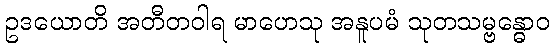
ဥဒယောတိ အတီတဝါရ မာဟေသု အနူပမံ သုတသမ္ဗန္ဓောဝ